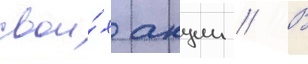
свои́х акции // В